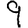
Digit: 9